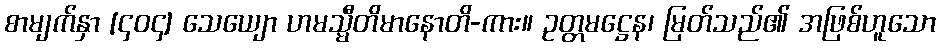
စာမျက်နှာ [၄၀၄] သေယျော ဟမသ္မီတိမာနောတိ-ကား။ ဥတ္တမဋ္ဌေန၊ မြတ်သည်၏ အဖြစ်ဟူသော